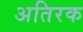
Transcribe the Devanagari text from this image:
अतिरक